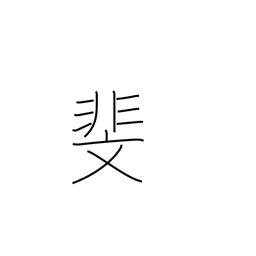
Meaning: patterned